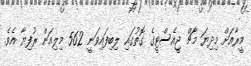
މީރާއަށް މިދިޔަ މާޗް ޖީއެސްޓީގެ ގޮތުގައި ލިބިފައިވަނީ 562 މިލިއަން ރުފިޔާ އެވެ.